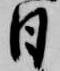
日